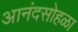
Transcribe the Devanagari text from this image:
आनंदसोहळा